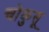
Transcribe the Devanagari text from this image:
चोकुसू